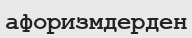
афоризмдерден